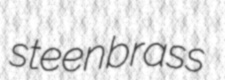
steenbrass